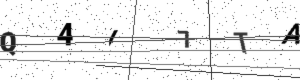
Text: Q4I7TA